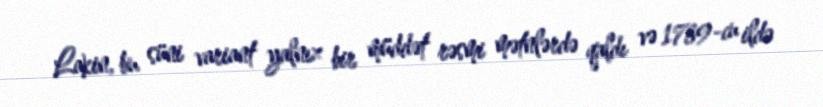
Lakin, bu süni variant yalnız bir müddət rəsmi mətnlərdə qaldı və 1789-cu ildə